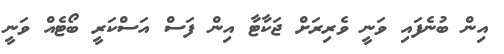
އިން ބުނެފައި ވަނީ ވެރިރަށް ޖަކާޓާ އިން ފަސް އަސްކަރީ ބޯޓެއް ވަނީ